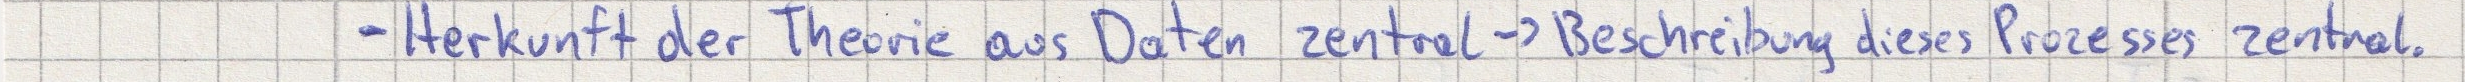
- Herkunft der Theorie aus Daten zentral -> Beschreibung dieses Prozesses zentral.